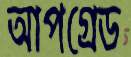
আপগ্রেড